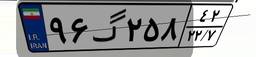
۹۶گ۲۵۸۴۲